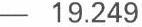
- 19.249